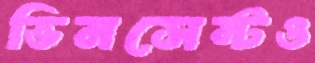
ভিনসেন্টও